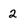
Character: 2